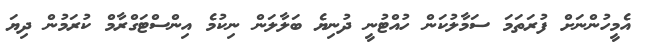
އެމީހުންނަށް ފުރަތަމަ ސަމާލުކަން ހުއްޓުނީ ދުނިޔެ ބަލާލަން ނިކުމެ އިންސްޓަގްރާމް ކުރަމުން ދިޔަ